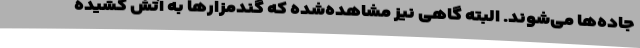
جاده‌ها می‌شوند. البته گاهی نیز مشاهده‌شده که گندمزارها به آتش کشیده